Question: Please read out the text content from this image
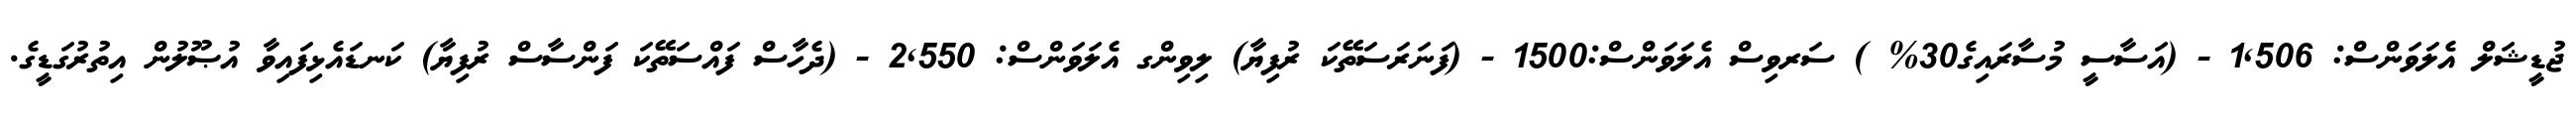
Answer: ޖުޑީޝަލް އެލަވަންސް: 1,506 - (އަސާސީ މުސާރައިގެ30% ) ސަރވިސް އެލަވަންސް:1500 - (ފަނަރަސަތޭކަ ރުފިޔާ) ލިވިންގ އެލަވަންސް: 2,550 - (ދެހާސް ފައްސަތޭކަ ފަންސާސް ރުފިޔާ) ކަނޑައެޅިފައިވާ އުޞޫލުން އިތުރުގަޑީގެ.